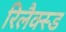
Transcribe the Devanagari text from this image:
रिलैक्स्ड